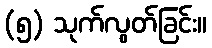
(၅) သုက်လွတ်ခြင်း။